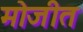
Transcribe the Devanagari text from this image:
मोजीत